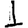
Digit: 1